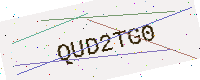
Text: QUD2TG0